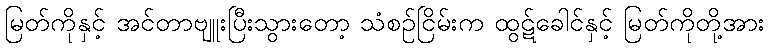
မြတ်ကိုနှင့် အင်တာဗျူးပြီးသွားတော့ သံစဉ်ငြိမ်းက ထွဋ်ခေါင်နှင့် မြတ်ကိုတို့အား